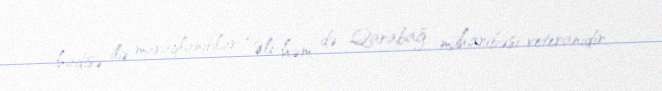
hadisə ilə maraqlanıblar: “Əli həm də Qarabağ müharibəsi veteranıdır.